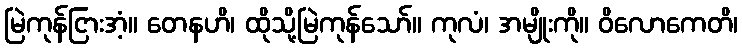
မြဲကုန်ငြားအံ့။ တေနဟိ၊ ထိုသို့မြဲကုန်သော်။ ကုလံ၊ အမျိုးကို။ ဝိလောကေတိ၊